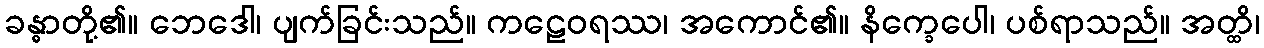
ခန္ဓာတို့၏။ ဘေဒေါ၊ ပျက်ခြင်းသည်။ ကဠေဝရဿ၊ အကောင်၏။ နိက္ခေပေါ၊ ပစ်ရာသည်။ အတ္ထိ၊